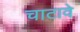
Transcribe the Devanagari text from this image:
चाटावे